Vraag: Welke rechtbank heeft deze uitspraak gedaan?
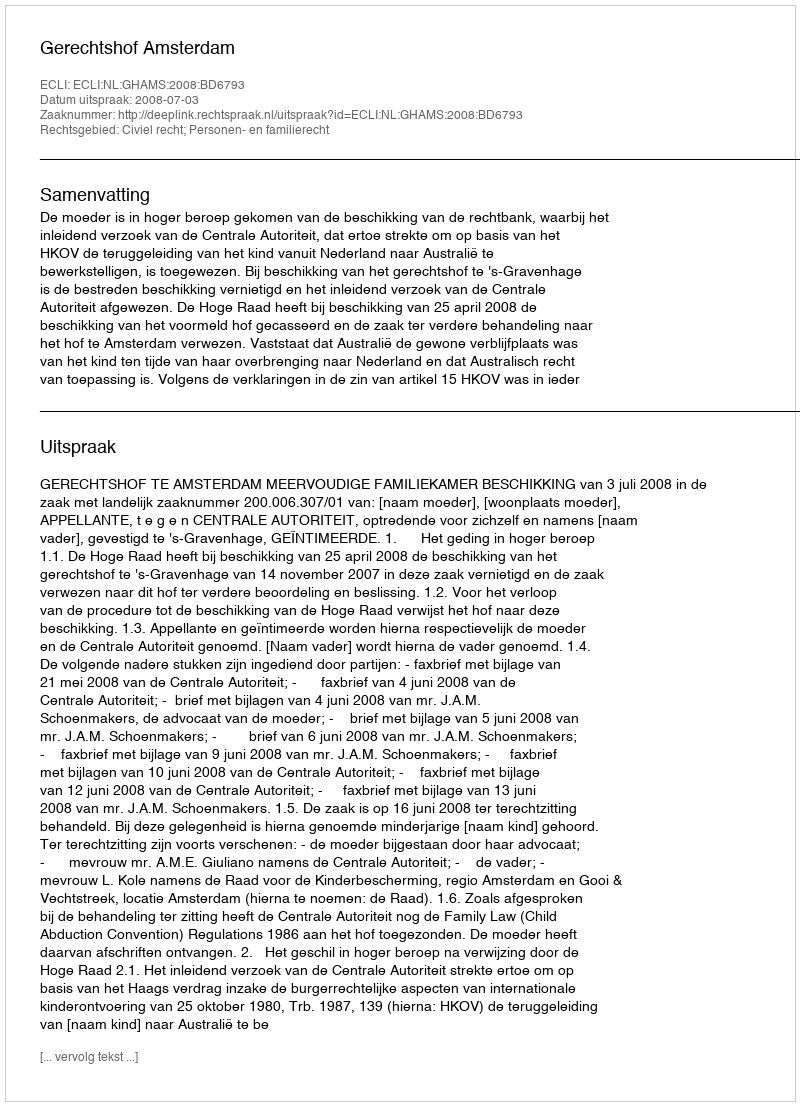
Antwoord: Gerechtshof Amsterdam